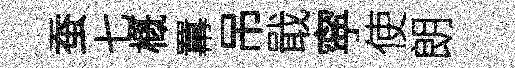
蚕七槪羃吊戢寜使朗